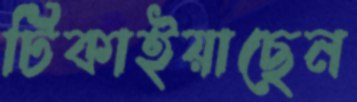
টিকাইয়াছেন